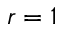
r = 1